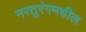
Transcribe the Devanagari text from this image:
नरतुरंगमधील